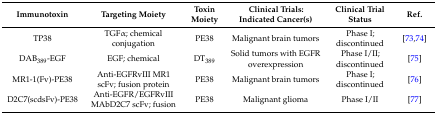
<table><thead><tr><td><b>Immunotoxin</b></td><td><b>Targeting Moiety</b></td><td><b>Toxin Moiety</b></td><td><b>Clinical Trials: Indicated Cancer(s)</b></td><td><b>Clinical Trial Status</b></td><td><b>Ref.</b></td></tr></thead><tbody><tr><td>TP38</td><td>TGFα; chemical conjugation</td><td>PE38</td><td>Malignant brain tumors</td><td>Phase I; discontinued</td><td>[73,74]</td></tr><tr><td>DAB<sub>389</sub>-EGF</td><td>EGF; chemical</td><td>DT<sub>389</sub></td><td>Solid tumors with EGFR overexpression</td><td>Phase I/II; discontinued</td><td>[75]</td></tr><tr><td>MR1-1(Fv)-PE38</td><td>Anti-EGFRvIII MR1 scFv; fusion protein</td><td>PE38</td><td>Malignant brain tumors</td><td>Phase I; discontinued</td><td>[76]</td></tr><tr><td>D2C7(scdsFv)-PE38</td><td>Anti-EGFR/EGFRvIII MAbD2C7 scFv; fusion</td><td>PE38</td><td>Malignant glioma</td><td>Phase I/II</td><td>[77]</td></tr></tbody></table>